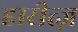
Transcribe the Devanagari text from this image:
हारीत्ज़